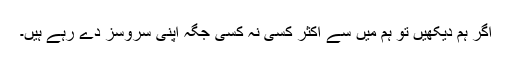
اگر ہم دیکھیں تو ہم میں سے اکثر کسی نہ کسی جگہ اپنی سروسز دے رہے ہیں۔